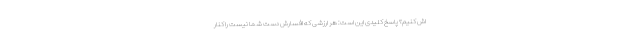
اش کنیم؟ پاسخ کلیدی این است: هر ارزشی که افسارش دست شما نیست را کنار